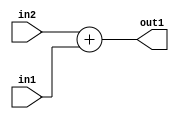
`timescale 1ps / 1ps
/*****************************************************************************
    Verilog RTL Description
    
    
    Created by: Stratus DpOpt 2019.1.01 
*******************************************************************************/

module st_weight_addr_gen_Add_33Sx16U_33S_4_6 (
	in2,
	in1,
	out1
	); /* architecture "behavioural" */ 
input [32:0] in2;
input [15:0] in1;
output [32:0] out1;
wire [32:0] asc001;

assign asc001 = 
	+(in2)
	+(in1);

assign out1 = asc001;
endmodule

/* CADENCE  ubTwTww= : u9/ySgnWtBlWxVPRXgAZ4Og= ** DO NOT EDIT THIS LINE ******/